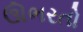
ઊભરતો